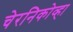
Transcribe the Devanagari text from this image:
चेरनिकोव्हा